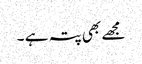
مجھے بھی پتہ ہے ۔